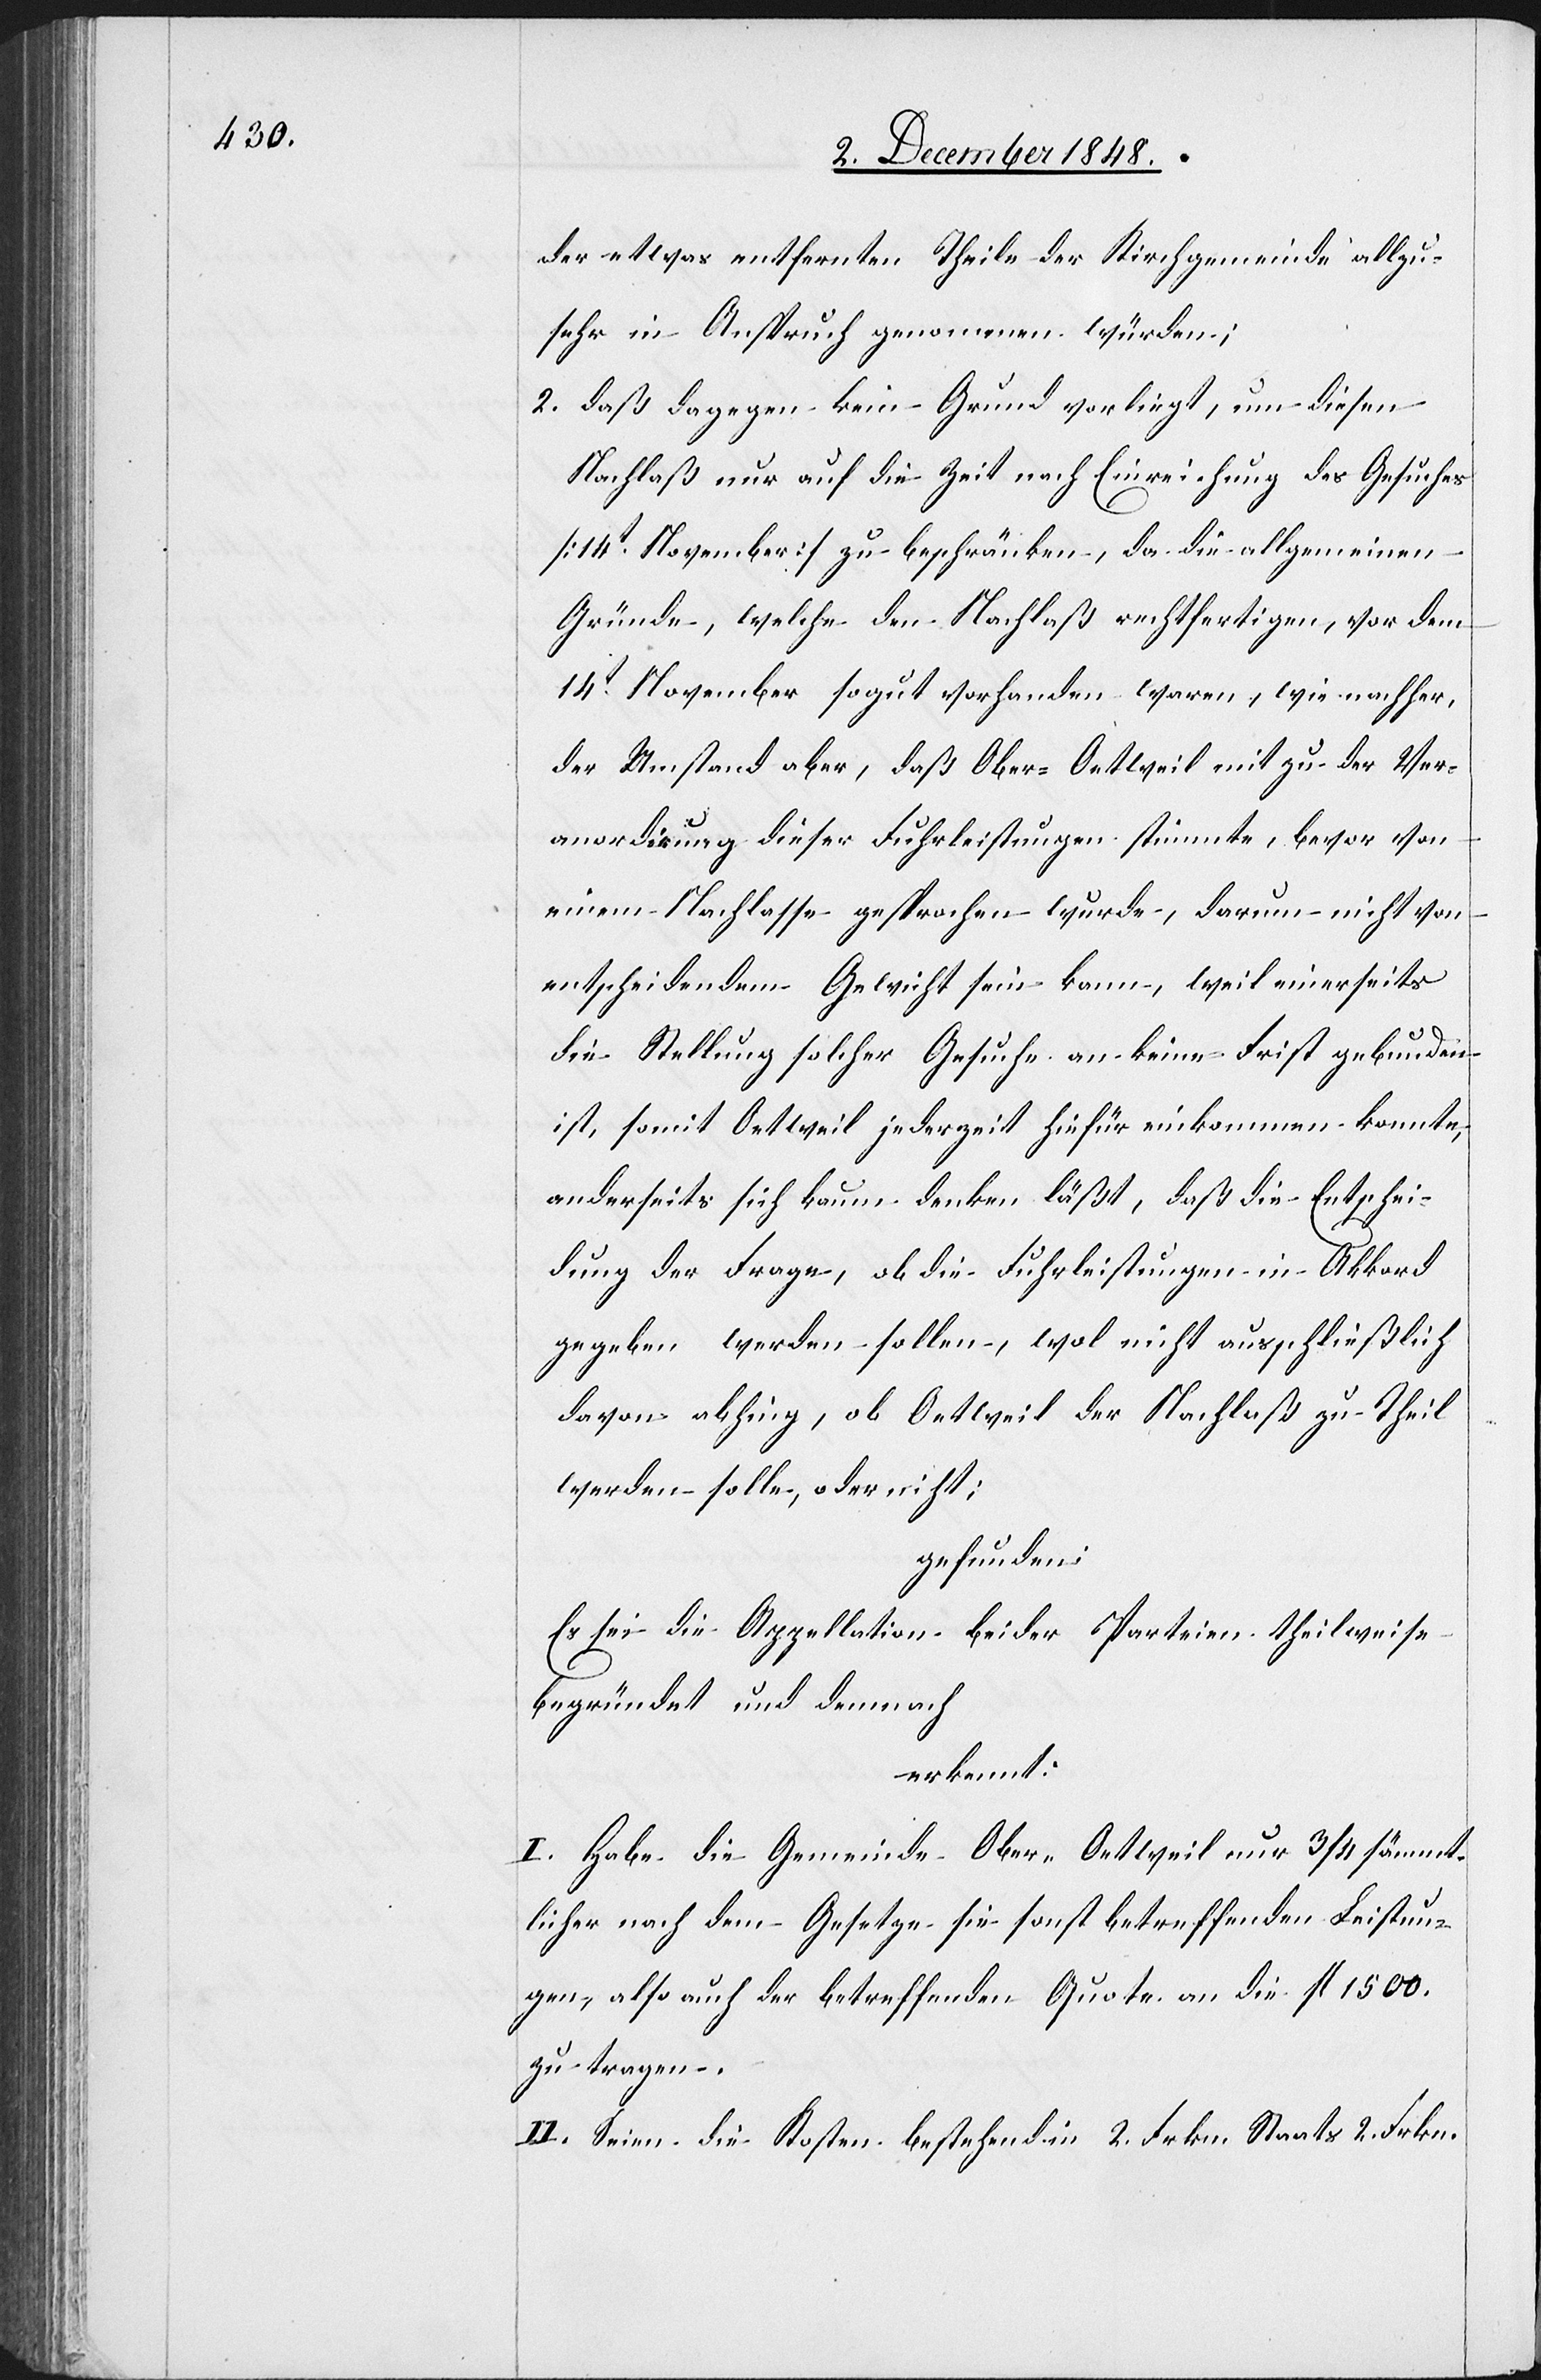
der etwas entfernten Theile der Kirchgemeinde allzu¬
sehr in Anspruch genommen würden;
2. daß dagegen kein Grund vorliegt, um diesen
Nachlaß nur auf die Zeit nach Einreichung des Gesuches
[14t November] zu beschränken, da die allgemeinen
Gründe, welche den Nachlaß rechtfertigen, vor dem
14t November sogut vorhanden waren, wie nachher,
der Umstand aber, daß Ober-Oetweil mit zu der Ver¬
accordirung dieser Fuhrleistungen stimmte, bevor von
einem Nachlasse gesprochen werden wurde, darum nicht von
entscheidendem Gewicht sein kann, weil einerseits
die Stellung solcher Gesuche an keine Frist gebunden
ist, somit Oetweil jederzeit hiefür einkommen konnte,
anderseits sich kaum denken läßt, daß die Entschei¬
dung der Frage, ob die Fuhrleistungen in Akkord
gegeben werden sollen, wol nicht ausschließlich
davon abhing, ob Oetweil der Nachlaß zu Theil
werden solle, oder nicht:
gefunden:
Es sei die Appellation beider Parteien theilweise
begründet und demnach
erkennt:
I. Habe die Gemeinde Ober-Oetweil nur 3/4 sämmt¬
licher nach dem Gesetze sie sonst betreffenden Leistun¬
gen, also auch der betreffenden Quote an die fl. 1500.
zu tragen.
II. Seien die Kosten bestehend in 2. Frkn. Staats[-,] 2.